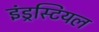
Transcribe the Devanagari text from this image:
इंड्रस्टियल